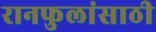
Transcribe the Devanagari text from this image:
रानफुलांसाठी